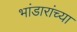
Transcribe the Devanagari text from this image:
भांडारांच्या